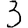
Digit: 3